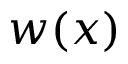
w ( x )